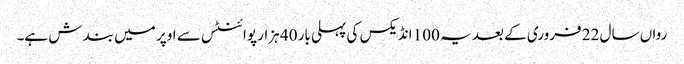
رواں سال 22 فروری کے بعد یہ 100 انڈیکس کی پہلی بار 40 ہزار پوائنٹس سے اوپر میں بندش ہے۔